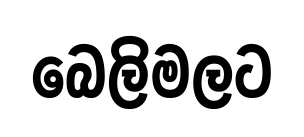
බෙලිමලට